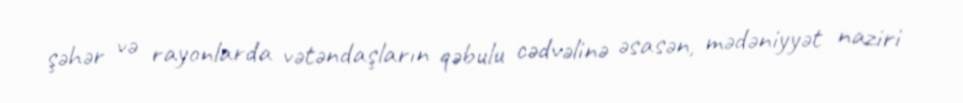
şəhər və rayonlarda vətəndaşların qəbulu cədvəlinə əsasən, mədəniyyət naziri